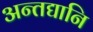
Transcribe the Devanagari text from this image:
अन्तद्यानि